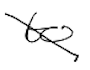
Text: to
Cross-out: diagonal
Writing tool: digital_black